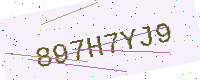
Text: 897H7YJ9